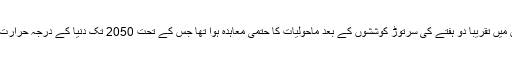
گذشتہ برس دسمبر میں پیرس میں ہونے والی ماحولیاتی کانفرنس میں تقریباً دو ہفتے کی سرتوڑ کوششوں کے بعد ماحولیات کا حتمی معاہدہ ہوا تھا جس کے تحت 2050 تک دنیا کے درجہ حرارت میں اضافے کو دو ڈگری تک محدود کرنے پر اتفاق کیا گیا تھا۔